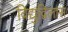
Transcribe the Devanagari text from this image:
विद्युद्विलास